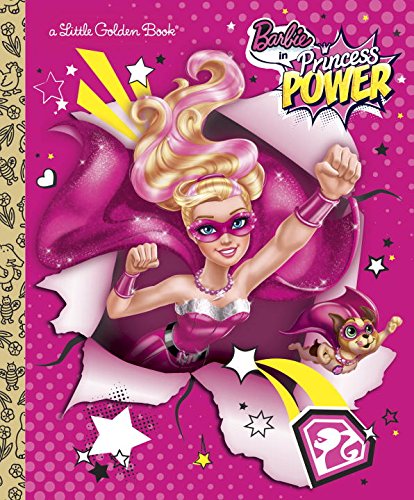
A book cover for Barbie in Princess Power Little Golden Book (Barbie in Princess Power); Mary Tillworth; Children's Books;